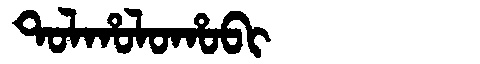
Manchu: ᡨᠣᠯᡥᠣᠯᠣᡥᠣᠪᡳ
Romanization: TOLHOLOHOBI